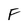
Character: F